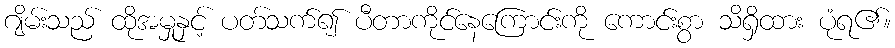
ဂျိမ်းသည် ထိုအမှုနှင့် ပတ်သက်၍ ပီတာကိုင်နေကြောင်းကို ကောင်းစွာ သိရှိထား ပုံရ၏။